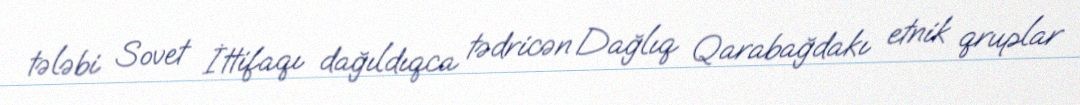
tələbi Sovet İttifaqı dağıldıqca tədricən Dağlıq Qarabağdakı etnik qruplar